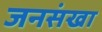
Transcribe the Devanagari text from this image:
जनसंखा